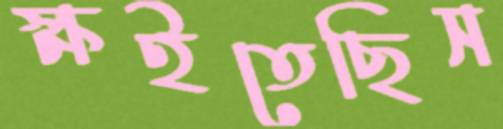
ক্ষইতেছিস